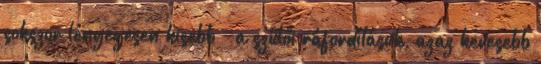
sokszor lényegesen kisebb – a szülői ráfordításuk, azaz kevesebb